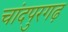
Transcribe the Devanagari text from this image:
चांदपुरगढ़